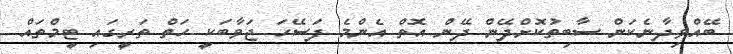
ބޭއްވިދާނެކަން ސާބިތުކޮށްދޭން ދޭން އޮތް އެންމެ ފަސޭހަ ޖަވާބަކީ ހަތް ތަރީގައި ޓީމްތައް